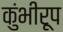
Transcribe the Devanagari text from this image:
कुंभीरूप